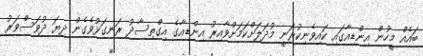
ބައެއް މީހުން އިންޑިއާގައި ކައިވެނިކުރަނީ މުދަލަށްކަމަށްވާއިރު އިންޑިއާގެ އިގްތިސާދު ރަނގަޅުވެގެން ދިޔަ ދުވަސްވަރު